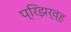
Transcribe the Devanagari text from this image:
प्रिझर्व्ह